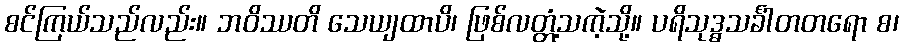
စင်ကြယ်သည်လည်း။ ဘဝိဿတိ သေယျထာပိ၊ ဖြစ်လတ္တံ့သကဲ့သို့။ ပရိသုဒ္ဓသင်္ခါတတရော စ၊